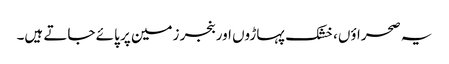
یہ صحراؤں، خشک پہاڑوں اور بنجر زمین پر پائے جاتے ہیں۔